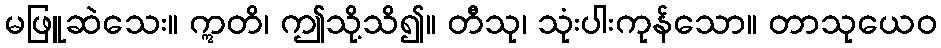
မဖြူဆဲသေး။ ဣတိ၊ ဤသို့သိ၍။ တီသု၊ သုံးပါးကုန်သော။ တာသုယေဝ